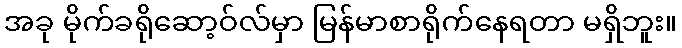
အခု မိုက်ခရိုဆော့ဝ်လ်မှာ မြန်မာစာရိုက်နေရတာ မရှိဘူး။